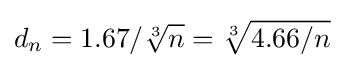
d_{n}=1.67/{\sqrt[{3}]{n}}={\sqrt[{3}]{4.66/n}}